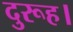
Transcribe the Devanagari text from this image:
दुरूह।